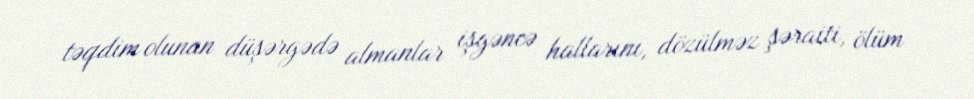
təqdim olunan düşərgədə almanlar işgəncə hallarını, dözülməz şəraiti, ölüm